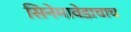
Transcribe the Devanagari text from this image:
सिनेमावेडाचाच